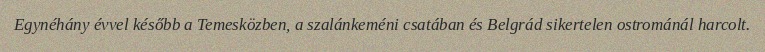
Egynéhány évvel később a Temesközben, a szalánkeméni csatában és Belgrád sikertelen ostrománál harcolt.